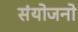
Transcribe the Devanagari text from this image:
संयोजनो